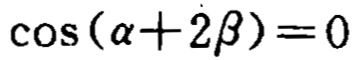
\(\cos(\alpha + 2\beta)=0\)